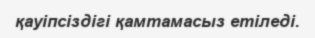
қауіпсіздігі қамтамасыз етіледі.